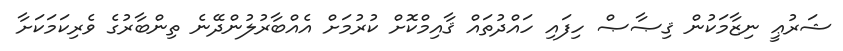
ޝަރުޢީ ނިޒާމަކުން ޤިޞާޞް ހިފައި ހައްދުތައް ޤާއިމްކޮށް ކުރުމަށް އެއްބާރުލުންދޭނެ ތިންބާރުގެ ވެރިކަމަކަށާ